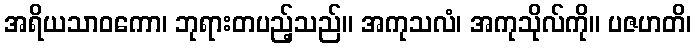
အရိယသာဝကော၊ ဘုရားတပည့်သည်။ အကုသလံ၊ အကုသိုလ်ကို။ ပဇဟတိ၊